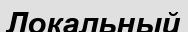
Локальный